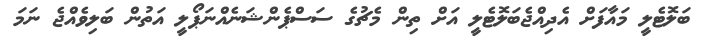
ބަލޮޓެލީ މައާފަށް އެދިއްޖެބަލޮޓެލީ އަށް ތިން މެޗުގެ ސަސްޕެންޝަނެއްނަޕޯލީ އަތުން ބަލިވެއްޖެ ނަމަ